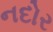
નદોર